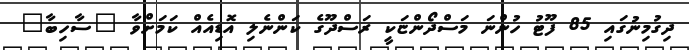
ދިގުމިނުގައި 85 ފޫޓު ހުންނަ މަސްދޯންޏަކީ ރަސްދޫގެ ކަންނެލި އޮޑިއެއް ކަމަށްވާ "ސާހިބާ"